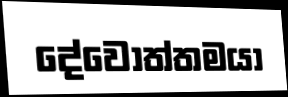
දේවෝත්තමයා